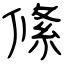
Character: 絛